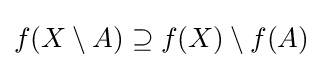
f(X\setminus A)\supseteq f(X)\setminus f(A)